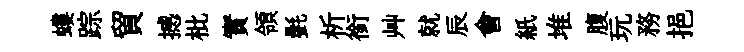
螻踪貿撼枇實領㲲析銜艸就辰會紙堆腹玩務挹